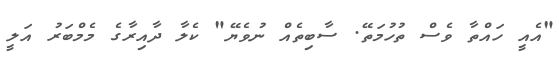
"އެއީ ހައްތާ ވެސް ތުހުމަތޭ. ސާބިތެއް ނުވެޔޭ" ކެލާ ދާއިރާގެ މެމްބަރު އަލީ